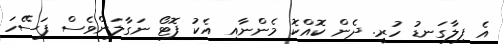
އެ ފިލާގަނޑު ހުރީ. ދެން ކޮއްކޮ މެންނާއި އެކު ފޮޓޯ ނަގާލަންވެސް ފަސޭހަ